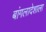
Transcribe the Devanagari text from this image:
बांगलादेशाला